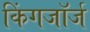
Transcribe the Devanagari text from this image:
किंगजॉर्ज